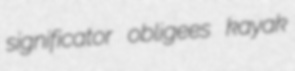
significator obligees kayak